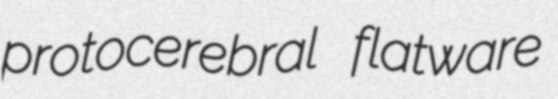
protocerebral flatware